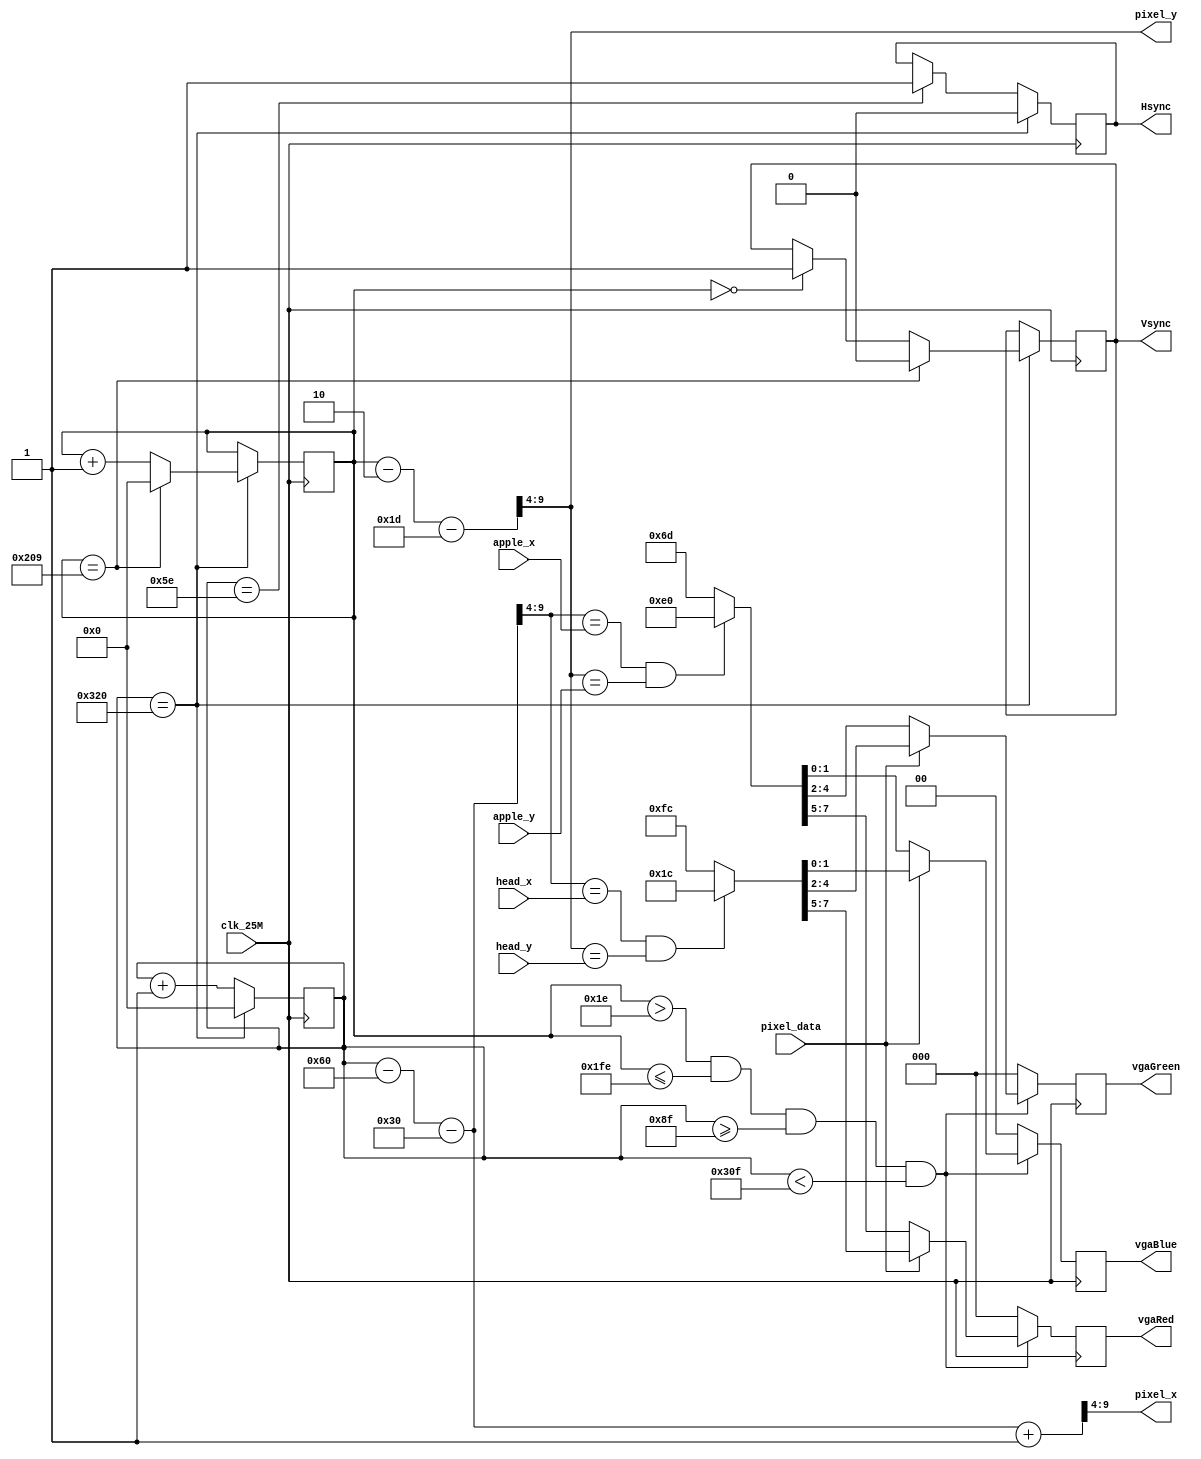
`timescale 1ns / 1ps
/*
 * Description:
 * resolution 640*480
 * Dependencies:
 *
 * Revision:
 *
 */

module vga_ctrl(
	output reg [2:0] vgaRed, vgaGreen,
	output reg [2:1] vgaBlue,
	output reg Hsync, Vsync,
	output [5:0] pixel_x, pixel_y,
	input [5:0] head_x, head_y, apple_x, apple_y,
	input pixel_data,
	input clk_25M
    );

	parameter WIDTH = 6'd40;
	parameter HEIGHT = 6'd30;
//	parameter TVpw = 19'd1600, TVbp = 19'd23200, TVdisp = 19'd384000; //clocks
//	parameter TVs = 19'd416800; //clocks
	parameter TVpw = 10'd2, TVbp = 10'd29, TVdisp = 10'd480, TVs = 10'd521; //lines
	parameter THpw = 10'd96, THbp = 10'd48, THdisp = 10'd640, THs = 10'd800; //clocks

//	reg [18:0] V_counter;
	reg [9:0] V_counter;
	reg [9:0] H_counter;
//	reg [8:0] line_counter;
//	reg H_pause;
//	wire [10:0] pixel_pos;
	reg [2:0] next_vgaRed, next_vgaGreen;
	reg [1:0] next_vgaBlue;
	wire [5:0] real_pixel_x;

//	assign pixel_pos = ((V_counter - TVpw - TVbp) >> 4) * WIDTH
//		+ (H_counter - THpw - THbp) >> 4;
	assign pixel_x = (H_counter - THpw - THbp + 10'd1) >> 4;
	assign pixel_y = (V_counter - TVpw - TVbp) >> 4;
	/* pixel_y is already the real one, while pixel_x is the coming one.*/
	assign real_pixel_x = (H_counter - THpw - THbp) >> 4;

	always @ (posedge clk_25M)
		if (H_counter == THs)
		begin
			H_counter <= 10'b0;
			Hsync <= 1'b0;
		end
		else
		begin
			H_counter <= H_counter + 10'd1;
			if (H_counter == THpw - 10'd2)
				Hsync <= 1'b1;
		end

	always @ (posedge clk_25M)
		if (H_counter == THs)
			if (V_counter == TVs)
			begin
				V_counter <= 10'd0;
				Vsync <= 1'b0;
			end
			else
			begin
				V_counter <= V_counter + 10'd1;
				if (V_counter == TVpw - 10'd2)
					Vsync <= 1'b1;
			end

	always @ (posedge clk_25M)
		{vgaRed, vgaGreen, vgaBlue} <= {next_vgaRed, next_vgaGreen, next_vgaBlue};

	always @ (*)
		if (V_counter > TVpw + TVbp - 10'd1 && V_counter <= TVpw + TVbp + TVdisp - 10'd1
			&& H_counter >= THpw + THbp - 10'd1 && H_counter < THpw + THbp + THdisp - 10'd1)
			if (pixel_data)
				if (real_pixel_x == head_x && pixel_y == head_y)
					{next_vgaRed, next_vgaGreen, next_vgaBlue} = 8'b00011100;
				else
					{next_vgaRed, next_vgaGreen, next_vgaBlue} = 8'b11111100;
			else if (real_pixel_x == apple_x && pixel_y == apple_y)
				{next_vgaRed, next_vgaGreen, next_vgaBlue} = 8'b11100000;
			else
				{next_vgaRed, next_vgaGreen, next_vgaBlue} = 8'b01101101;
		else
			{next_vgaRed, next_vgaGreen, next_vgaBlue} = 8'b0;

endmodule